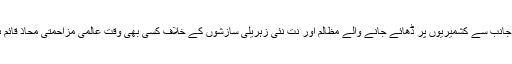
بھا رت کی جانب سے کشمیریوں پر ڈھائے جانے والے مظالم اور نت نئی زہریلی سازشوں کے خلاف کسی بھی وقت عالمی مزاحمتی محاذ قائم ہو سکتا ہے۔